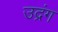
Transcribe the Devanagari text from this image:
उद्रंग